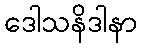
ဒေါသနိဒါနာ